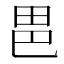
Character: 𭻆